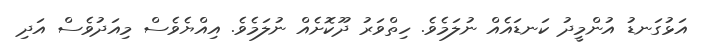
އަޅުގަނޑު އުންމީދު ކަނޑައެއް ނުލަމެވެ. ހިތްވަރު ދޫކޮށެއް ނުލަމެވެ. އިއްޔެވެސް މިއަދުވެސް އަދި